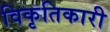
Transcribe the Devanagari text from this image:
विकृतिकारी